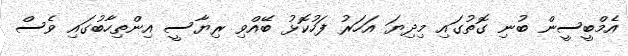
އެމްބީސީން ބުނި ގޮތުގައި މިދިޔަ އަހަރު ފަހުކޮޅު ބޭއްވި ރިޔާސީ އިންތިހާބުގައި ވެސް